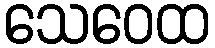
သေဝေထ